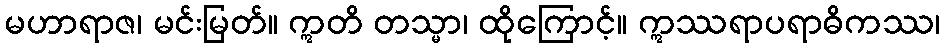
မဟာရာဇ၊ မင်းမြတ်။ ဣတိ တသ္မာ၊ ထိုကြောင့်။ ဣဿရာပရာဓိကဿ၊